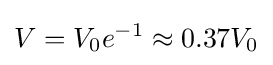
V=V_{0}e^{-1}\approx 0.37V_{0}